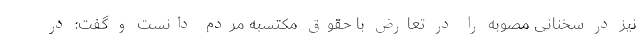
نیز در سخنانی مصوبه را در تعارض با حقوق مکتسبه مردم دانست و گفت: در